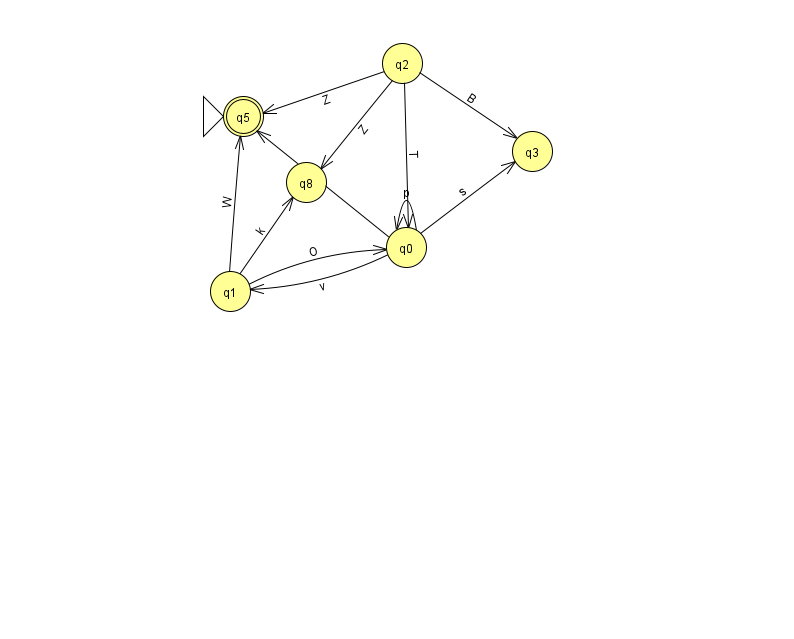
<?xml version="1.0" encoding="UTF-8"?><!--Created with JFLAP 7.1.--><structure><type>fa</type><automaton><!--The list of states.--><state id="0" name="q0"><x>406.0</x><y>234.0</y></state><state id="1" name="q1"><x>230.0</x><y>278.0</y></state><state id="2" name="q2"><x>402.0</x><y>50.0</y></state><state id="3" name="q3"><x>532.0</x><y>138.0</y></state><state id="5" name="q5"><x>243.0</x><y>103.0</y><initial/><final/></state><state id="8" name="q8"><x>306.0</x><y>169.0</y></state><!--The list of transitions.--><transition><from>0</from><to>0</to><read>p</read></transition><transition><from>1</from><to>8</to><read>k</read></transition><transition><from>2</from><to>3</to><read>B</read></transition><transition><from>0</from><to>1</to><read>v</read></transition><transition><from>0</from><to>3</to><read>s</read></transition><transition><from>1</from><to>5</to><read>W</read></transition><transition><from>2</from><to>8</to><read>Z</read></transition><transition><from>0</from><to>5</to><read>c</read></transition><transition><from>2</from><to>0</to><read>T</read></transition><transition><from>1</from><to>0</to><read>O</read></transition><transition><from>2</from><to>5</to><read>Z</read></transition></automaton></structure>